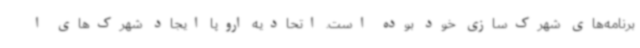
برنامه‌های شهرک‌سازی خود بوده است. اتحادیه اروپا ایجاد شهرک‌های ا